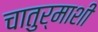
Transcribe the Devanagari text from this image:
चातुर्माशी